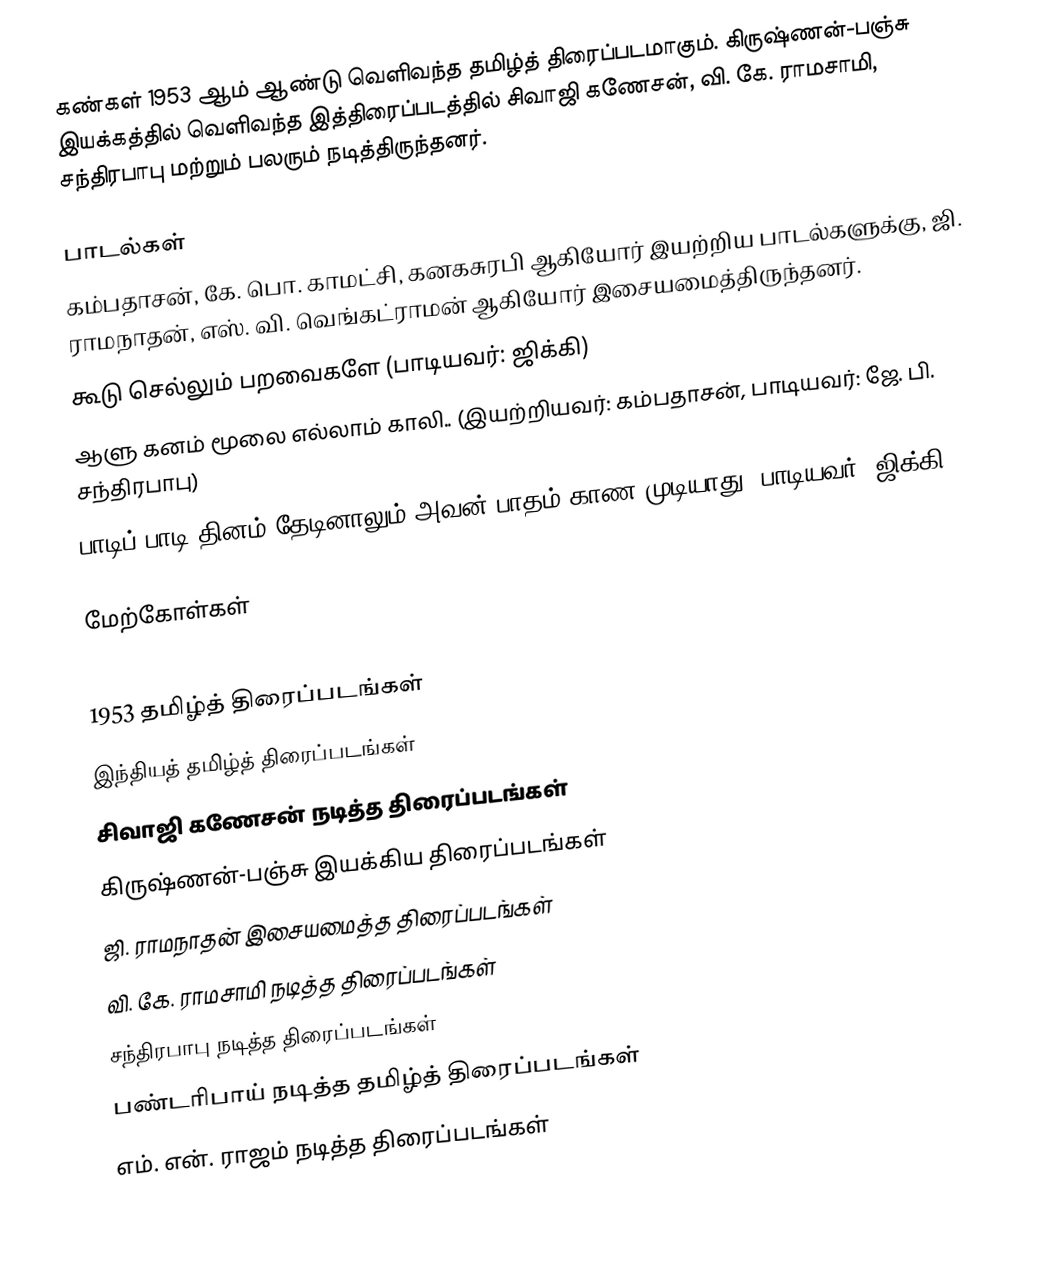
கண்கள் 1953 ஆம் ஆண்டு வெளிவந்த தமிழ்த் திரைப்படமாகும். கிருஷ்ணன்-பஞ்சு இயக்கத்தில் வெளிவந்த இத்திரைப்படத்தில் சிவாஜி கணேசன், வி. கே. ராமசாமி, சந்திரபாபு மற்றும் பலரும் நடித்திருந்தனர்.

பாடல்கள்
கம்பதாசன், கே. பொ. காமட்சி, கனகசுரபி ஆகியோர் இயற்றிய பாடல்களுக்கு, ஜி. ராமநாதன், எஸ். வி. வெங்கட்ராமன் ஆகியோர் இசையமைத்திருந்தனர்.
 கூடு செல்லும் பறவைகளே (பாடியவர்: ஜிக்கி)
 ஆளு கனம் மூலை எல்லாம் காலி.. (இயற்றியவர்: கம்பதாசன், பாடியவர்: ஜே. பி. சந்திரபாபு)
 பாடிப் பாடி தினம் தேடினாலும் அவன் பாதம் காண முடியாது (பாடியவர்: ஜிக்கி)

மேற்கோள்கள்

1953 தமிழ்த் திரைப்படங்கள்
இந்தியத் தமிழ்த் திரைப்படங்கள்
சிவாஜி கணேசன் நடித்த திரைப்படங்கள்
கிருஷ்ணன்-பஞ்சு இயக்கிய திரைப்படங்கள்
ஜி. ராமநாதன் இசையமைத்த திரைப்படங்கள்
வி. கே. ராமசாமி நடித்த திரைப்படங்கள்
சந்திரபாபு நடித்த திரைப்படங்கள்
பண்டரிபாய் நடித்த தமிழ்த் திரைப்படங்கள்
எம். என். ராஜம் நடித்த திரைப்படங்கள்